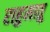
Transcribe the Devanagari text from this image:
राहुमातु